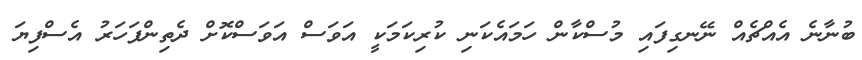
ބުނާނެ އެއްޗެއް ނޭނގިފައި މުސްކާން ހަމައެކަނި ކުރިކަމަކީ އަވަސް އަވަސްކޮށް ދެތިންފަހަރު އެސްފިޔަ